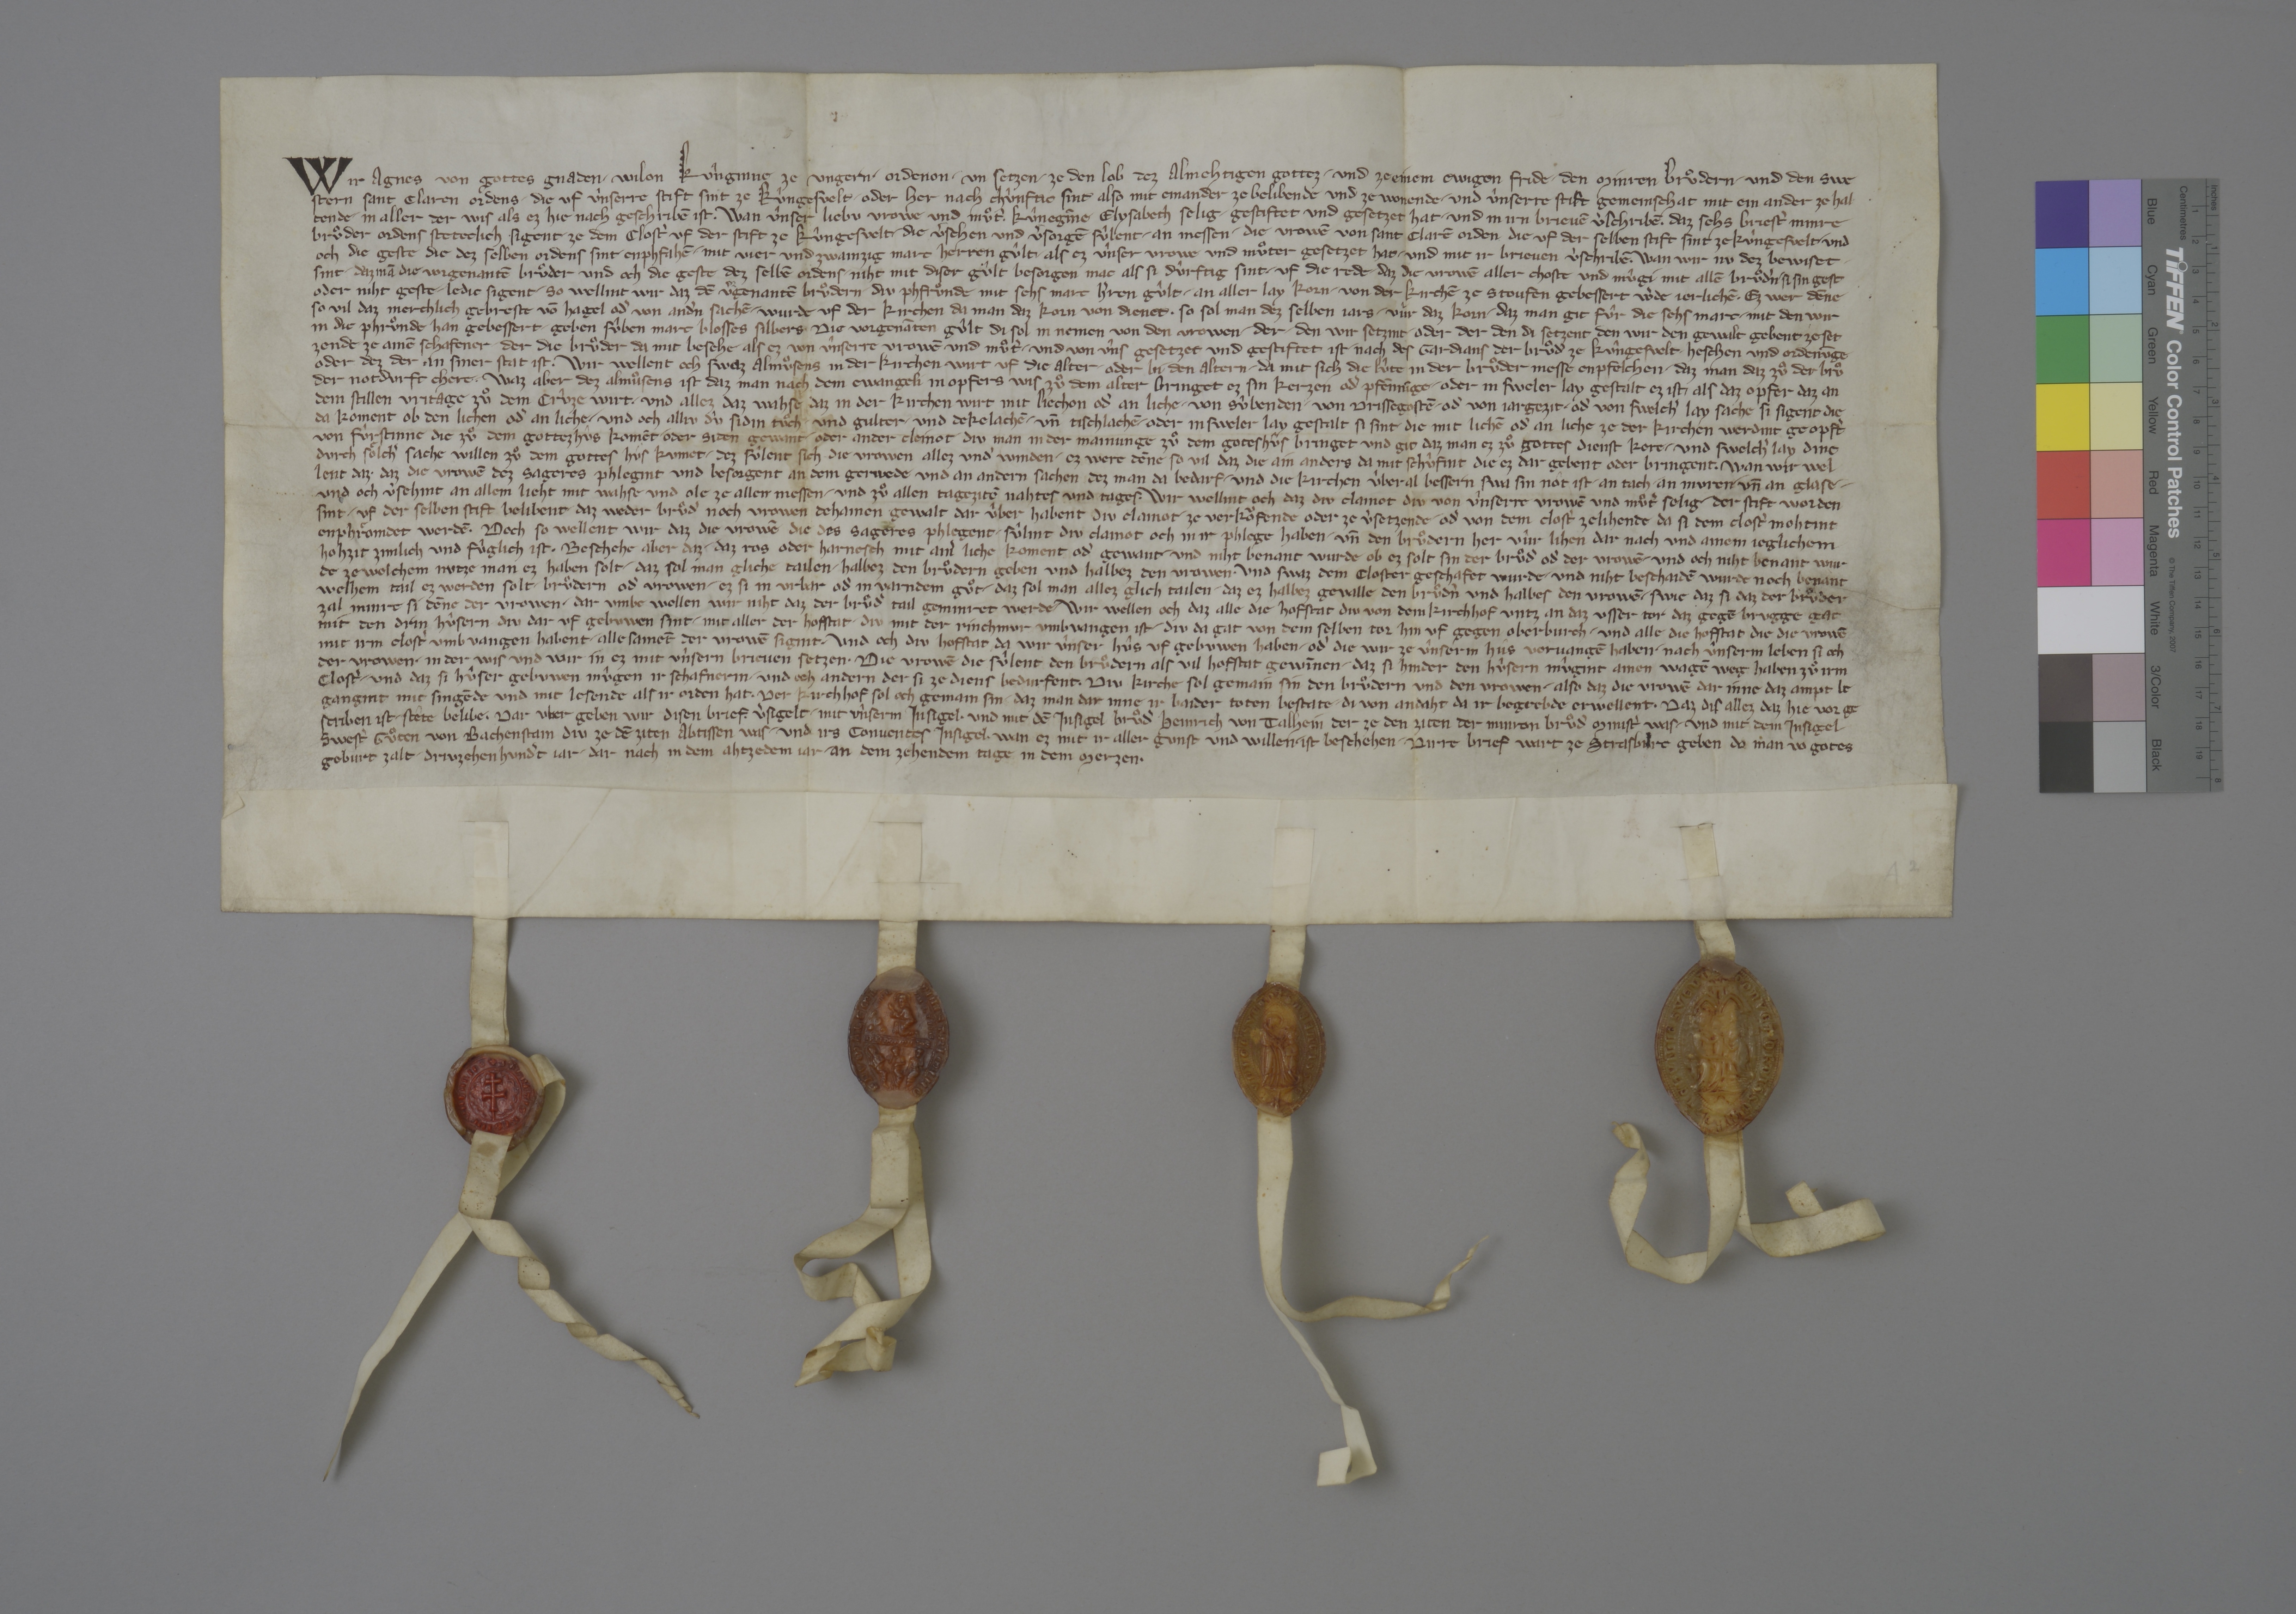
Wir, Agnes, von gottes gnaden ✳ wilon kûnginne ze Ungern, ✳ ordenon ✳ un setzen ze den lob dez almehtigen gottez ✳ und ze einem ewigen fride ✳ den Minren Bruͦdern ✳ und den swe-
stern Sant Claren ordens, die uf ûnserre stift sint ze Kûngesvelt ✳ oder her nach chùnftic sint, also mit einander ze belibende und ze wonende ✳ und ùnserre stift gemeinschat mit ein ander ze hal-
tende ✳ in aller der wis, als ez hie nach geschribē ist. ✳ wan ûnser liebu vrowe und muͦtˀ, kûnegīne Elysabeth, selig, ✳ gestiftet und gesetzet hat ✳ und in irn brievē vˀschribē, ✳ daz sehs briestˀ Minre
Bruͦder ordens steteclich sigent ze dem clostˀ uf der stift ze Kûngesvelt, ✳ die vˀsehen und vˀsorgē sûlent ✳ an messen ✳ die vrowē von Sant Clarē orden, die uf der selben stift sint ze Kùngesvelt, ✳ und
och die geste, die dez selben ordens sint, enphfahē ✳ mit vier und zwainzig marc herren gûlt, ✳ als ez ûnser vrowe und muͦter gesetzet hat ✳ und mit ir brieven vˀschriebē. ✳ wan wir nu dez bewiset ✳
sint, ✳ daz mā die vorgenantē bruͦder und och die geste dez selbē ordens ✳ niht mit diser gûlt besorgen mac, als si dûrftig sint, ✳ uf die rede, ✳ daz die vrowē aller choste und mûgi mit allē bruͦdˀn, ✳ si sint gest
oder niht geste, ✳ ledic sigent, ✳ so wellint wir, das dē vˀgenantē bruͦdern ✳ diu phfruͦnde mit sehs marc hˀren gûlt ✳ an aller lay korn ✳ von der kirchē ze Stoufen gebessert wˀde jerlichē. ✳ ez wer dēne
so vil, daz merchlich gebreste vō hagel odˀ von andˀn sachē ✳ wurde uf der kirchen, da man daz korn von dienet, ✳ so sol man dez selben jars ✳ vùr das korn, ✳ daz man git fûr die sehs marc, ✳ mit den wir
in die phruͦnde han gebessert, ✳ geben sûben marc blosses silbers. ✳ die vorgenāten gûlt, di sol in nemen von den vrowen ✳ der, ✳ den wir setzint, ✳ oder der, den di setzent, den wir den gewalt gebent zeset-
zendt, ze ainē schafener, ✳ der die bruͦder da mit besehe, als ez von ûnserre vrowē und muͦtˀ ✳ und von ûns gesetzet und gestiftet ist, ✳ nach des gardians der bruͦdˀ ze Kûngesvelt ✳ heschen und ordenūge
oder dez, der an siner stat ist. ✳ wir wellent och, swaz almuͦsens in der kirchen wirt uf die alter ✳ oder bi den altern, ✳ da mit sich die lûte in der bruͦder messe enpfelchen, ✳ daz man daz zuͦ der bruͦ-
der notdurft chere. ✳ waz aber dez almuͦsens ist, daz man nach dem ewangeli in opfers wis zuͦ dem alter bringet, ez sin kerzen odˀ pfēnīge ✳ oder in sweler lay gestalt ez ist, ✳ als daz opfer, daz an
dem stillen vritage zuͦ dem crûze wirt, ✳ und allez daz wahse, daz in der kirchen wirt mit liechen odˀ an liche, ✳ von sûbenden, ✳ von drissegostē ✳ odˀ von jargezit, ✳ odˀ von swelchˀ lay sache si sigent, die
da koment ob den lichen odˀ an liche, ✳ und och alliu dû sidin tuͦch ✳ und gulter ✳ und dekelachē ✳ un̄ tischlachē ✳ oder in sweler lay gestalt si sint, die mit lichē odˀ an liche ze der kirchen werdint geopfˀt
von fùrstinne, die zuͦ dem gottezhûs komēt, ✳ oder siden gewant ✳ oder ander cleinot, ✳ diu man in der mainunge zuͦ dem goteshûs bringet und git, daz man ez zuͦ gottes dienst kere, ✳ und swelchˀ lay dinc
durch soͤlichˀ sache willen zuͦ dem gottes hùs kumet, ✳ dez sûlent sich die vrowen allez undˀ winden, ✳ ez were dēne so vil, daz die ain anders da mit schùfint, die ez dar gebent oder bringent. ✳ wan wir wel-
lent daz, ✳ daz die vrowē dez sageres phlegint und besorgent an dem gerwede und an andern sachen, dez man da bedarf, ✳ und die kirchen ûberal bessern, swa sin nôt ist, ✳ an tach, ✳ an muren ✳ un̄ an glase, ✳
und och vˀsehint an allem licht mit wahse und ole ze allen messen ✳ und zuͦ allen tagezitē, nahtes und tages. ✳ wir wellint och, daz diu clainot, diu von ùnserre vrowē und muͦtˀ, selig, ✳ der stift worden
sint, uf der selben stift belibent, ✳ daz weder bruͦdˀ noch vrowen dehainen gewalt dar ûber habent, diu clainot ze verkoͧfende oder ze vˀsetzende ✳ odˀ von dem clostˀ zelihende, da si dem clostˀ mohtint
enphroͤmdet werdē. ✳ doch so wellent wir, daz die vrowē, die des sageres phlegent, ✳ sûlint diu clainot och in ir phlege haben ✳ un̄ den bruͦdern her vûr lihen dar nach und ainem jeglichem
hohzit zimlich und fùglich ist. ✳ beschehe aber daz, ✳ daz ros oder harnesch mit ainˀ liche koment odˀ gewant, ✳ und niht benant wurde, ob ez solt sin der bruͦdˀ odˀ dˀ vrowē, und och niht benant wur-
de, ze welchem nutze man ez haben solt, ✳ daz sol man gliche tailen, ✳ halbez den bruͦdern geben und halbez den vrowen. ✳ und swaz dem closter geschafet wurde ✳ und niht beschaidē wurde noch benant,
welhem tail ez werden solt, ✳ bruͦdern odˀ vrowen, ✳ ez si in urbar odˀ in varndem guͦt, ✳ daz sol man allez glich tailen, ✳ daz ez halbez gevalle den bruͦdˀn und halbes den vrowē. ✳ swie daz si, daz der bruͦder
zal minre si dēne der vrowen, ✳ dar umbe wellen wir niht, daz der bruͦdˀ tail geminret werde. ✳ wir wellen och, daz alle die hofstat, diu von dem kirchhof untz an daz usser tor, daz gegē Brugge gat,
mit den drin hûsern, diu dar uf gebuwen sint, ✳ mit aller der hofstat, ✳ diu mit der rinchmur umbvangen ist, ✳ diu da gat von dem selben tor hin uf gegen Oberburch, ✳ und alle die hofstat, die die vrowē
mit irm clostˀ umb vangen habent, ✳ alle samēt der vrowē sigint, ✳ und och die hofstat, da wir ûnser hûs uf gebuwen haben ✳ odˀ die wir ze ûnserm hûs vervangē haben ✳ nach ùnserm leben si och
der vrowen ✳ in der wis und wir in ez mit ùnsern brieven setzen. ✳ die vrowē, die sûlent den bruͦdern als vil hofstat gewīnen, ✳ daz si hinder den hûsern mûgint ainen wagē weg haben zuͦ irm
clostˀ ✳ und daz si hûser gebuwen mûgen ir schafnern ✳ und och andern der si ze diens bedurfent. ✳ diu kirche sol gemain sin den bruͦdern und den vrowen, ✳ also, daz die vrowē dar inne daz ampt be-
gangint mit singēde und mit lesende, als ir orden hat. ✳ der kirchhof sol och gemain sin, ✳ daz man dar inne ir baider toten bestate, ✳ di von andaht da ir begrebde erwellent. ✳ daz dis allez, daz hie vor ge-
schriben ist, ✳ stête belibe, ✳ dar uber geben wir disen brief, ✳ vˀsigelt ✳ mit ûnserm insigel ✳ und mit dē insigel bruͦdˀ Heinrich von Talhein, der ze den ziten der Minren Bruͦdˀ ministˀ was, ✳ und mit dem insigel
swestˀ Guͦten von Bachenstain, diu ze dē ziten abtissen was, ✳ und irs conventes insigel, wan ez mit ir aller gunst und willen ist beschehen. ✳ dirre brief wart ze Strasburc geben, do man vo gotes
geburt zalt driuzehenhundˀt jar, dar nach in dem ahtzedem jar, ✳ an dem zehendem tage in dem merzen. ✳